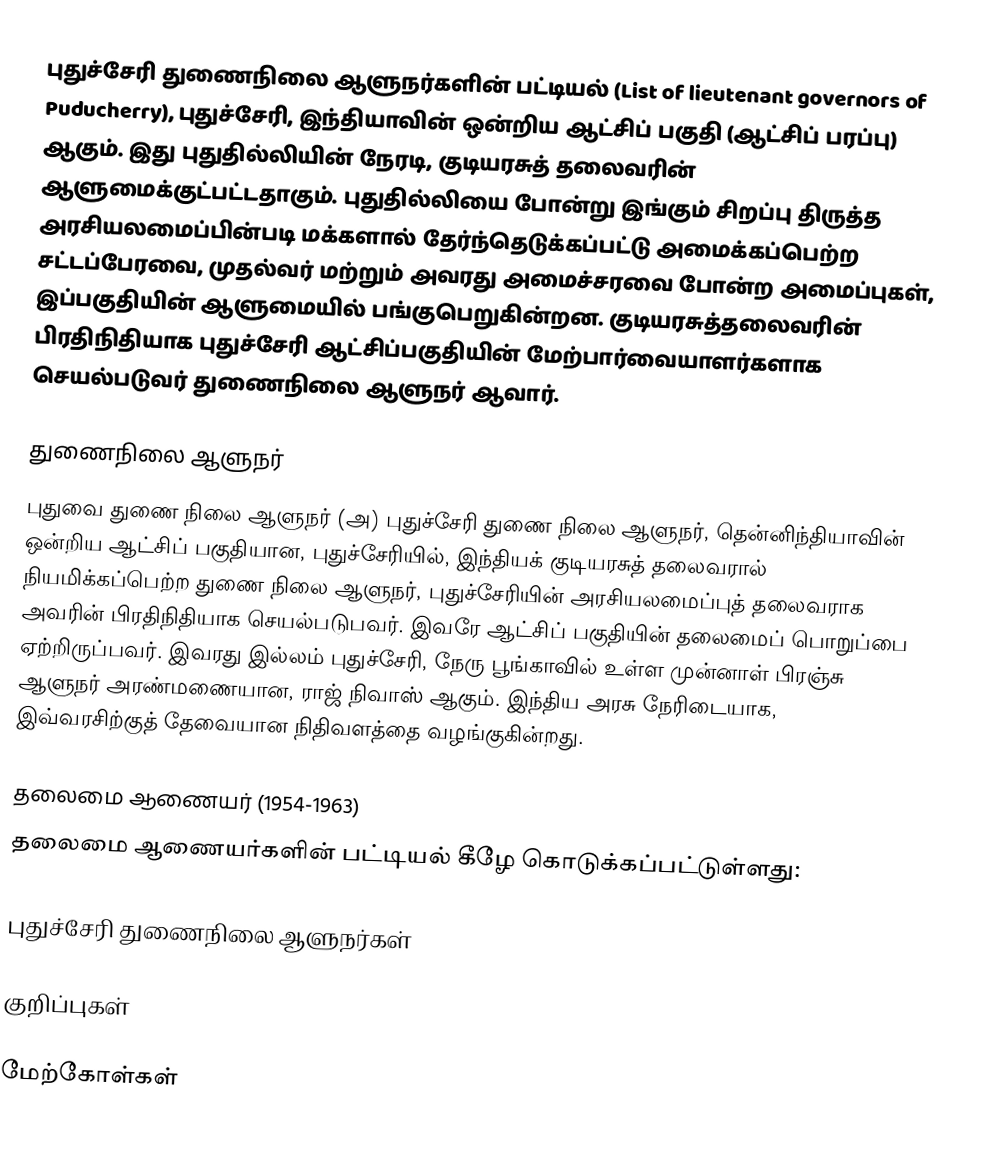
புதுச்சேரி துணைநிலை ஆளுநர்களின் பட்டியல் (List of lieutenant governors of Puducherry), புதுச்சேரி, இந்தியாவின் ஒன்றிய ஆட்சிப் பகுதி (ஆட்சிப் பரப்பு) ஆகும். இது புதுதில்லியின் நேரடி, குடியரசுத் தலைவரின் ஆளுமைக்குட்பட்டதாகும். புதுதில்லியை போன்று இங்கும் சிறப்பு திருத்த அரசியலமைப்பின்படி மக்களால் தேர்ந்தெடுக்கப்பட்டு அமைக்கப்பெற்ற சட்டப்பேரவை, முதல்வர் மற்றும் அவரது அமைச்சரவை போன்ற அமைப்புகள், இப்பகுதியின் ஆளுமையில் பங்குபெறுகின்றன. குடியரசுத்தலைவரின் பிரதிநிதியாக புதுச்சேரி ஆட்சிப்பகுதியின் மேற்பார்வையாளர்களாக செயல்படுவர் துணைநிலை ஆளுநர் ஆவார்.

துணைநிலை ஆளுநர்
புதுவை துணை நிலை ஆளுநர் (அ) புதுச்சேரி துணை நிலை ஆளுநர், தென்னிந்தியாவின் ஒன்றிய ஆட்சிப் பகுதியான, புதுச்சேரியில், இந்தியக் குடியரசுத் தலைவரால் நியமிக்கப்பெற்ற துணை நிலை ஆளுநர், புதுச்சேரியின் அரசியலமைப்புத் தலைவராக அவரின் பிரதிநிதியாக செயல்படுபவர். இவரே ஆட்சிப் பகுதியின் தலைமைப் பொறுப்பை ஏற்றிருப்பவர். இவரது இல்லம் புதுச்சேரி, நேரு பூங்காவில் உள்ள முன்னாள் பிரஞ்சு ஆளுநர் அரண்மணையான, ராஜ் நிவாஸ் ஆகும். இந்திய அரசு நேரிடையாக, இவ்வரசிற்குத் தேவையான நிதிவளத்தை வழங்குகின்றது.

தலைமை ஆணையர் (1954-1963)
தலைமை ஆணையர்களின் பட்டியல் கீழே கொடுக்கப்பட்டுள்ளது:

புதுச்சேரி துணைநிலை ஆளுநர்கள்

குறிப்புகள்

மேற்கோள்கள்